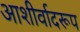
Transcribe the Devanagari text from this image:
आशीर्वादरूप